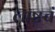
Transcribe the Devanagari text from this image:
लाष्टचं